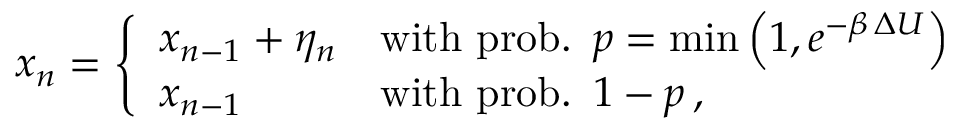
\begin{array} { r } { x _ { n } = \left\{ \begin{array} { l l } { x _ { n - 1 } + \eta _ { n } } & { \mathrm { w i t h } \, \, \mathrm { p r o b . } \, \, \, p = \mathrm { m i n } \left( 1 , e ^ { - \beta \, \Delta U } \right) \quad } \\ { x _ { n - 1 } } & { \mathrm { w i t h } \, \, \mathrm { p r o b . } \, \, \, 1 - p \, , } \end{array} \right. } \end{array}